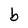
Character: b